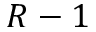
R - 1